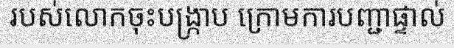
របស់លោកចុះបង្ក្រាប ក្រោមការបញ្ជាផ្ទាល់